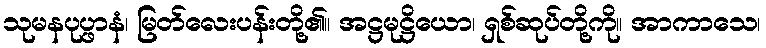
သုမနပုပ္ဖာနံ၊ မြတ်လေးပန်းတို့၏။ အဋ္ဌမုဋ္ဌိယော၊ ရှစ်ဆုပ်တို့ကို။ အာကာသေ၊